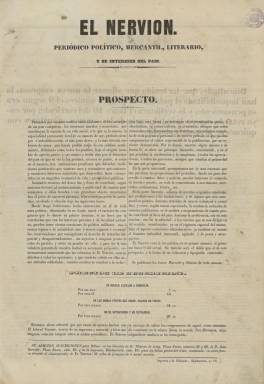
Título: El Nervión (Bilbao. 1856)
Colección: Periódicos
Ámbito geográfico: Vizcaya
Lugar de publicación: Bilbao
Fechas: 23/06/1856-28/11/1856